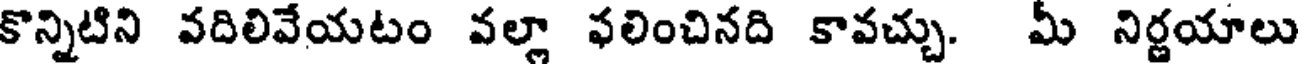
కొన్నిటిని వదిలివేయటం వల్లా ఫలించినది కావచ్చు. మీ నిర్ణయాలు